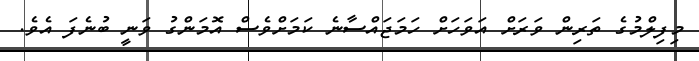
މިފިލްމުގެ ތަރިން ވަރަށް އަވަހަށް ހަމަޖައްސާނެ ކަމަށްވެސް އޮމަންގު ވަނީ ބުނެފަ އެވެ.